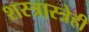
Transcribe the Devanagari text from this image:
शस्त्रास्त्रेही